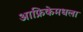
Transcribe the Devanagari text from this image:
आफ्रिकेमधला